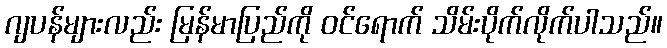
ဂျပန်များလည်း မြန်မာပြည်ကို ဝင်ရောက် သိမ်းပိုက်လိုက်ပါသည်။